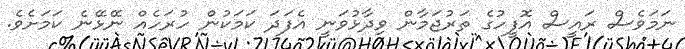
ނަމަވެސް ރައީސް އޮފީހުގެ ތަރުޖަމާން ވިދާޅުވަނީ އެފަދަ ކަމަކުން ހުރަހެއް ނޭޅޭނެ ކަމަށެވެ.